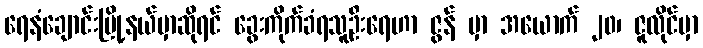
ရေနံချောင်းမြို့နယ်မှာဆိုရင် ခွေးကိုက်ခံရသူဦးရေဟာ ဇွန် မှာ အယောက် ၂၀၊ ဇူလိုင်မှာ